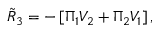
{ \tilde { R } } _ { 3 } = - \left[ \Pi _ { 1 } { \cal V } _ { 2 } + \Pi _ { 2 } { \cal V } _ { 1 } \right] ,